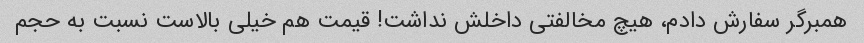
همبرگر سفارش دادم، هیچ مخالفتی داخلش نداشت! قیمت هم خیلی بالاست نسبت به حجم